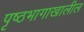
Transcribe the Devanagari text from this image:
पृष्ठभागाखालील